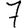
Digit: 7